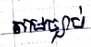
តាមច្បាប់